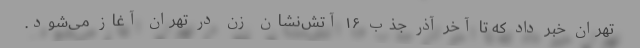
تهران خبر داد که تا آخر آذر جذب ۱۶ آتش‌نشان زن در تهران آغاز می‌شود.